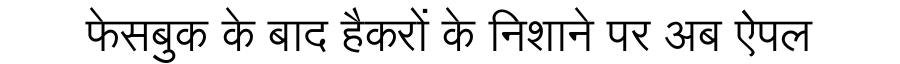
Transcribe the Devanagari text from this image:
फेसबुक के बाद हैकरों के निशाने पर अब ऐपल